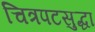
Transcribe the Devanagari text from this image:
चित्रपटसुद्धा